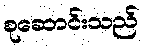
စုဆောင်းသည်